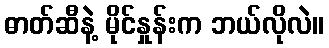
ဓာတ်ဆီနဲ့ မိုင်နှုန်းက ဘယ်လိုလဲ။